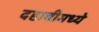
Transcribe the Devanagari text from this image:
दहावीमध्ये